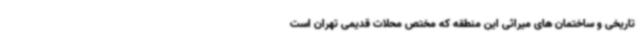
تاریخی و ساختمان های میراثی این منطقه که مختص محلات قدیمی تهران است